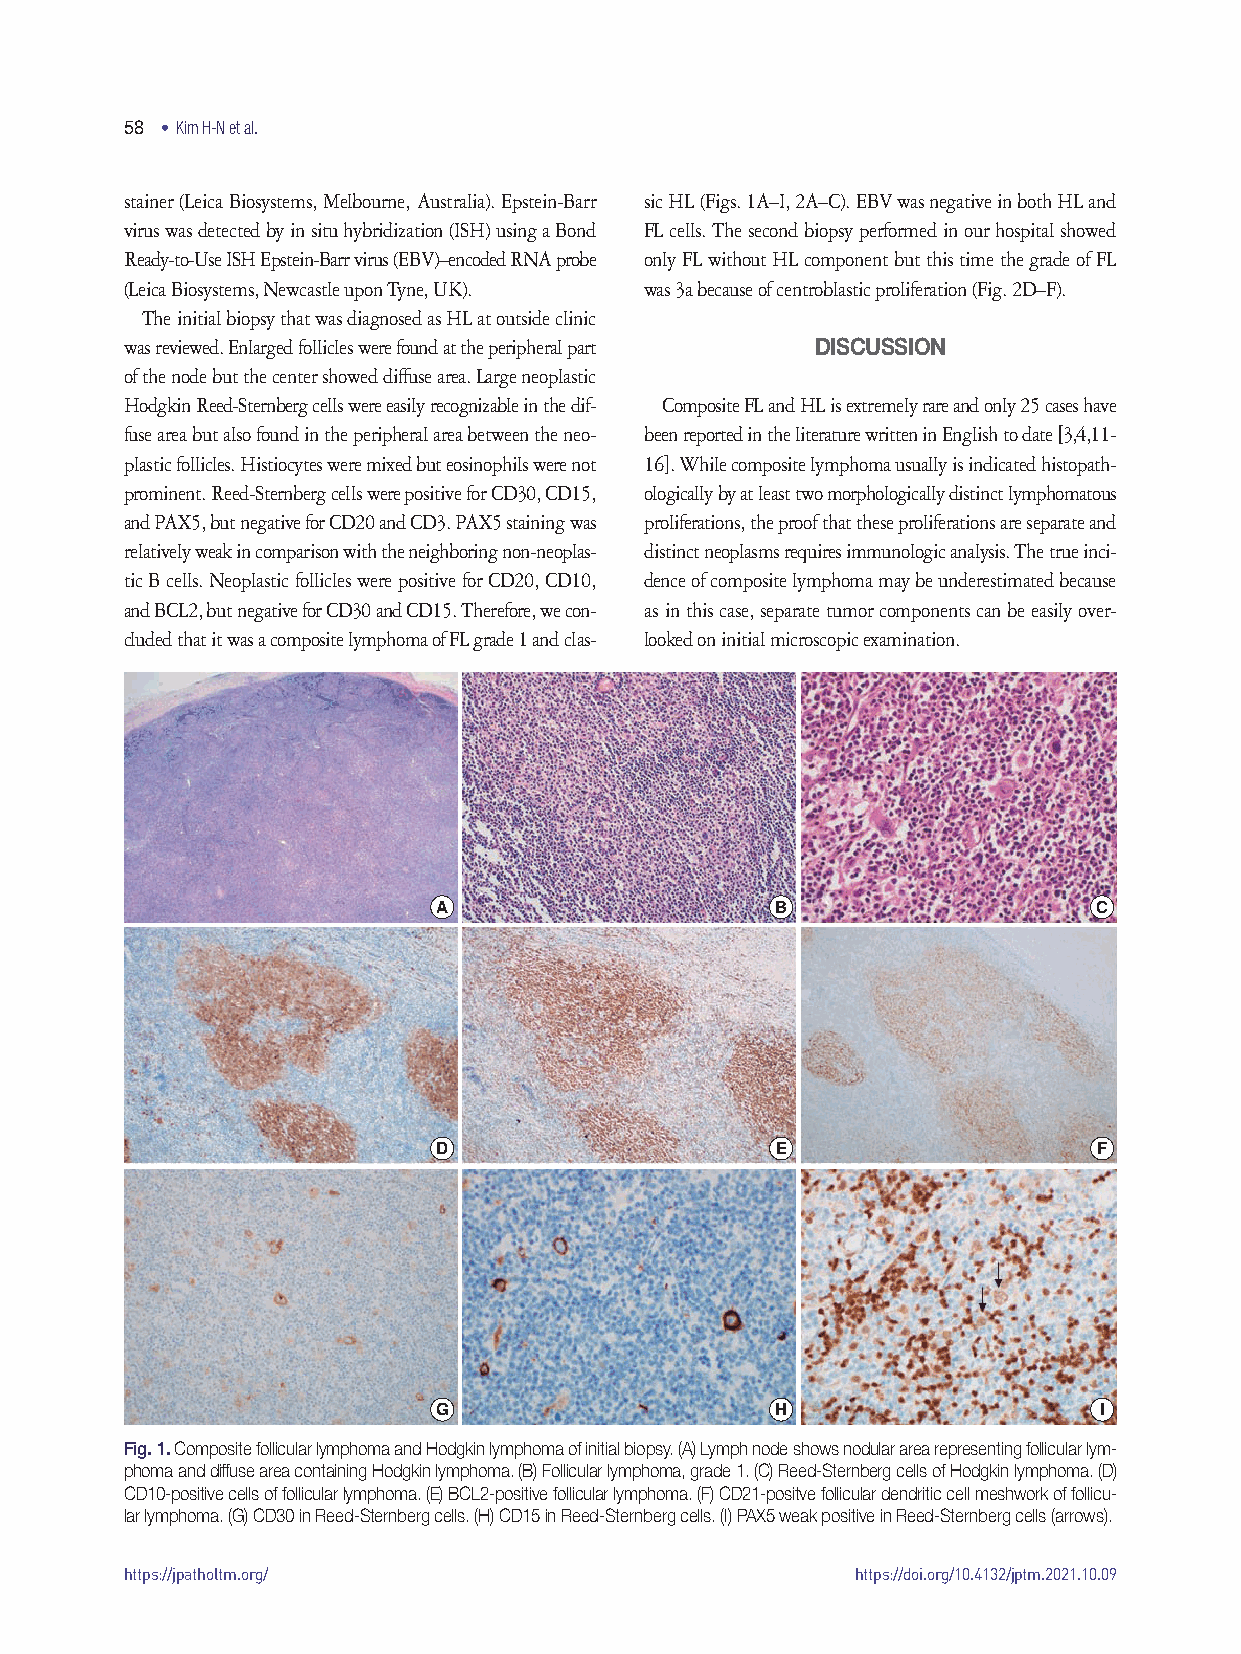
58 • Kim H-N et al.
 stainer (Leica Biosystems, Melbourne, Australia). Epstein-Barr sic HL (Figs. 1A–I, 2A–C). EBV was negative in both HL and
 virus was detected by in situ hybridization (ISH) using a Bond FL cells. The second biopsy performed in our hospital showed
 Ready-to-Use ISH Epstein-Barr virus (EBV)–encoded RNA probe only FL without HL component but this time the grade of FL
 (Leica Biosystems, Newcastle upon Tyne, UK). was 3a because of centroblastic proliferation (Fig. 2D–F).
 The initial biopsy that was diagnosed as HL at outside clinic
 was reviewed. Enlarged follicles were found at the peripheral part DISCUSSION
 of the node but the center showed diffuse area. Large neoplastic
 Hodgkin Reed-Sternberg cells were easily recognizable in the dif- Composite FL and HL is extremely rare and only 25 cases have
 fuse area but also found in the peripheral area between the neo- been reported in the literature written in English to date [3,4,11-
 plastic follicles. Histiocytes were mixed but eosinophils were not 16]. While composite lymphoma usually is indicated histopath-
 prominent. Reed-Sternberg cells were positive for CD30, CD15, ologically by at least two morphologically distinct lymphomatous
 and PAX5, but negative for CD20 and CD3. PAX5 staining was proliferations, the proof that these proliferations are separate and
 relatively weak in comparison with the neighboring non-neoplas- distinct neoplasms requires immunologic analysis. The true inci-
 tic B cells. Neoplastic follicles were positive for CD20, CD10, dence of composite lymphoma may be underestimated because
 and BCL2, but negative for CD30 and CD15. Therefore, we con- as in this case, separate tumor components can be easily over-
 cluded that it was a composite lymphoma of FL grade 1 and clas- looked on initial microscopic examination.
 A                     B                     C
 D                     E                     F
 G                     H                     I
 Fig. 1. Composite follicular lymphoma and Hodgkin lymphoma of initial biopsy. (A) Lymph node shows nodular area representing follicular lym-
 phoma and diffuse area containing Hodgkin lymphoma. (B) Follicular lymphoma, grade 1. (C) Reed-Sternberg cells of Hodgkin lymphoma. (D)
 CD10-positive cells of follicular lymphoma. (E) BCL2-positive follicular lymphoma. (F) CD21-positve follicular dendritic cell meshwork of follicu-
 lar lymphoma. (G) CD30 in Reed-Sternberg cells. (H) CD15 in Reed-Sternberg cells. (I) PAX5 weak positive in Reed-Sternberg cells (arrows).
 https://jpatholtm.org/                           https://doi.org/10.4132/jptm.2021.10.09